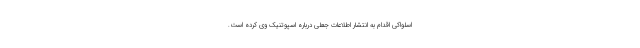
اسلواکی اقدام به انتشار اطلاعات جعلی درباره اسپوتنیک وی کرده است.